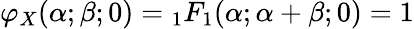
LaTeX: \varphi_{X}(\alpha;\beta;0)={}_{1}F_{1}(\alpha;\alpha+\beta;0)=1